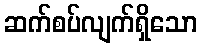
ဆက်စပ်လျက်ရှိသော